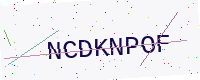
Text: NCDKNPOF